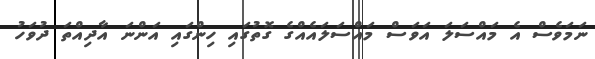
ނަމަވެސް އެ މައްސަލަ އަވަސް މައްސަލައެއްގެ ގޮތުގައި ހިންގައި އަންނަ އާދިއްތަ ދުވަހު